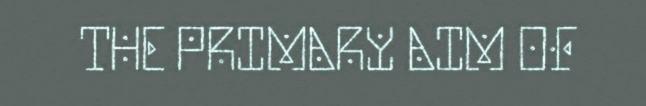
THE PRIMARY AIM OF